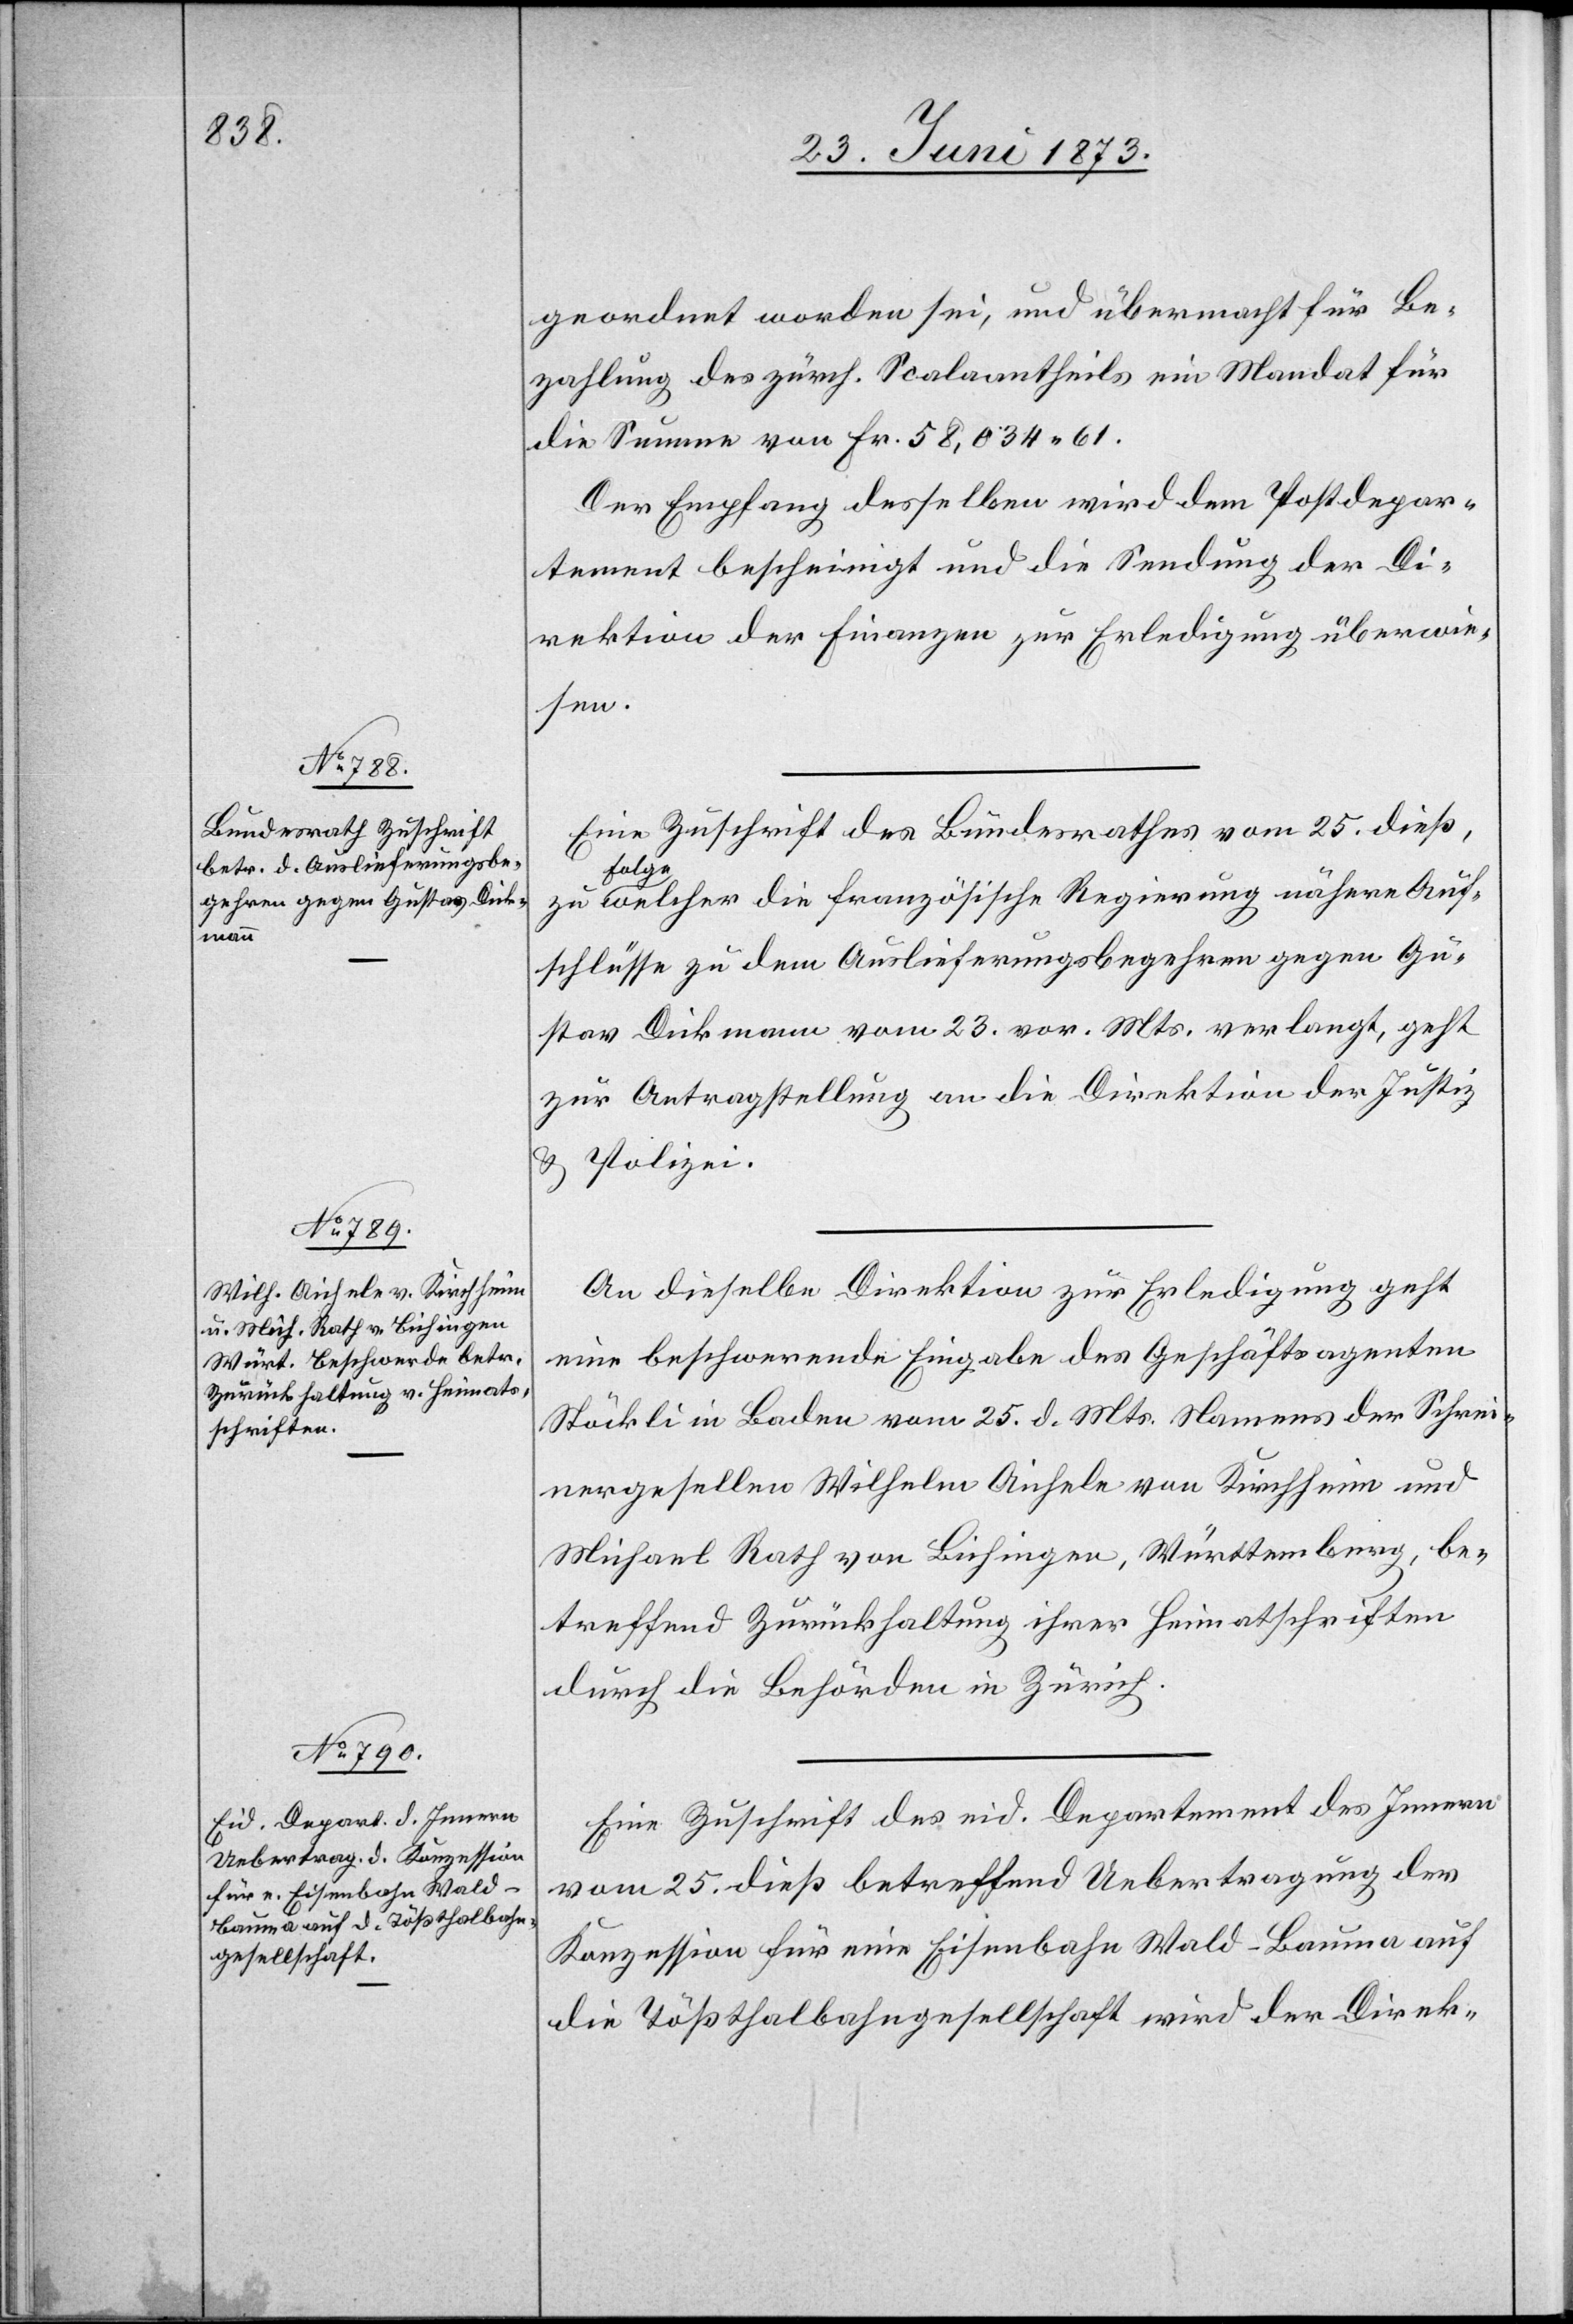
27. Juni 1873.]
geordnet worden sei, und übermacht für Be¬
zahlung des zürch. Scalaantheils ein Mandat für
die Summe von Fr. 58,034 61.
Der Empfang desselben wird dem Postdepar¬
tement bescheinigt und die Sendung der Di¬
rektion der Finanzen zur Erledigung überwie¬
sen.
Eine Zuschrift des Bundesrathes vom 25. dieß,
Folg¬
e welcher die französische Regierung nähere Auf¬
schlüsse zu dem Auslieferungsbegehren gegen Gu¬
stav Dickmann vom 23. vor. Mts. verlangt, geht
zur Antragstellung an die Direktion der Justiz
& Polizei.
An dieselbe Direktion zur Erledigung geht
eine beschwerende Eingabe des Geschäftsagenten
Stöckli in Baden vom 25. d. Mts. Namens der Schrei¬
nergesellen Wilhelm Aichele von Kirchheim und
Michael Rath von Bichingen, Württemberg, be¬
treffend Zurückhaltung ihrer Heimatschriften
durch die Behörden in Zürich.
Eine Zuschrift des eid. Departement des Innern
vom 25. dieß betreffend Uebertragung der
Konzession für eine Eisenbahn Wald–Bauma auf
die Tößthalbahngesellschaft wird der Direk-